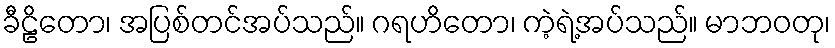
ခီဠိတော၊ အပြစ်တင်အပ်သည်။ ဂရဟိတော၊ ကဲ့ရဲ့အပ်သည်။ မာဘဝတု၊